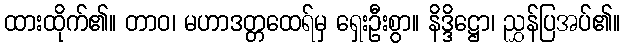
ထားထိုက်၏။ တာဝ၊ မဟာဒတ္တထေရ်မှ ရှေးဦးစွာ။ နိဒ္ဒိဋ္ဌော၊ ညွှန်ပြအပ်၏။